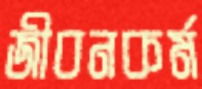
জীবনকর্ম